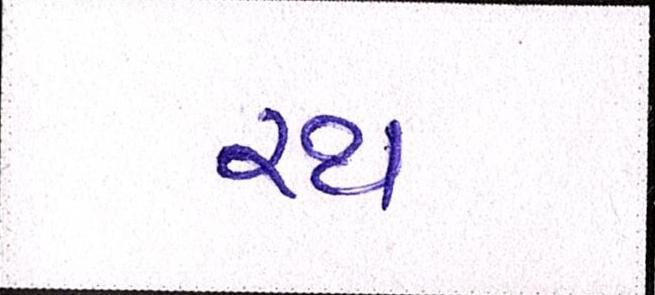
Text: રથ